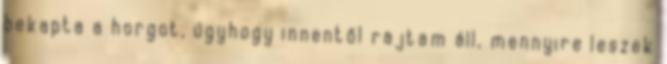
bekapta a horgot, úgyhogy innentől rajtam áll, mennyire leszek